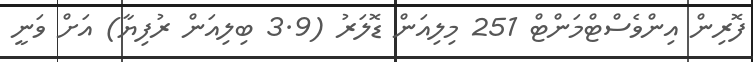
ފޮރިން އިންވެސްޓްމަންޓް 251 މިލިއަން ޑޮލަރު (3.9 ބިލިއަން ރުފިޔާ) އަށް ވަނީ